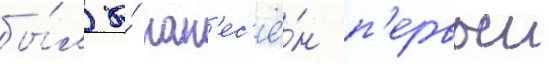
бы́л бы́ нан'ес'ё́н п'ервыи